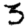
Digit: 3